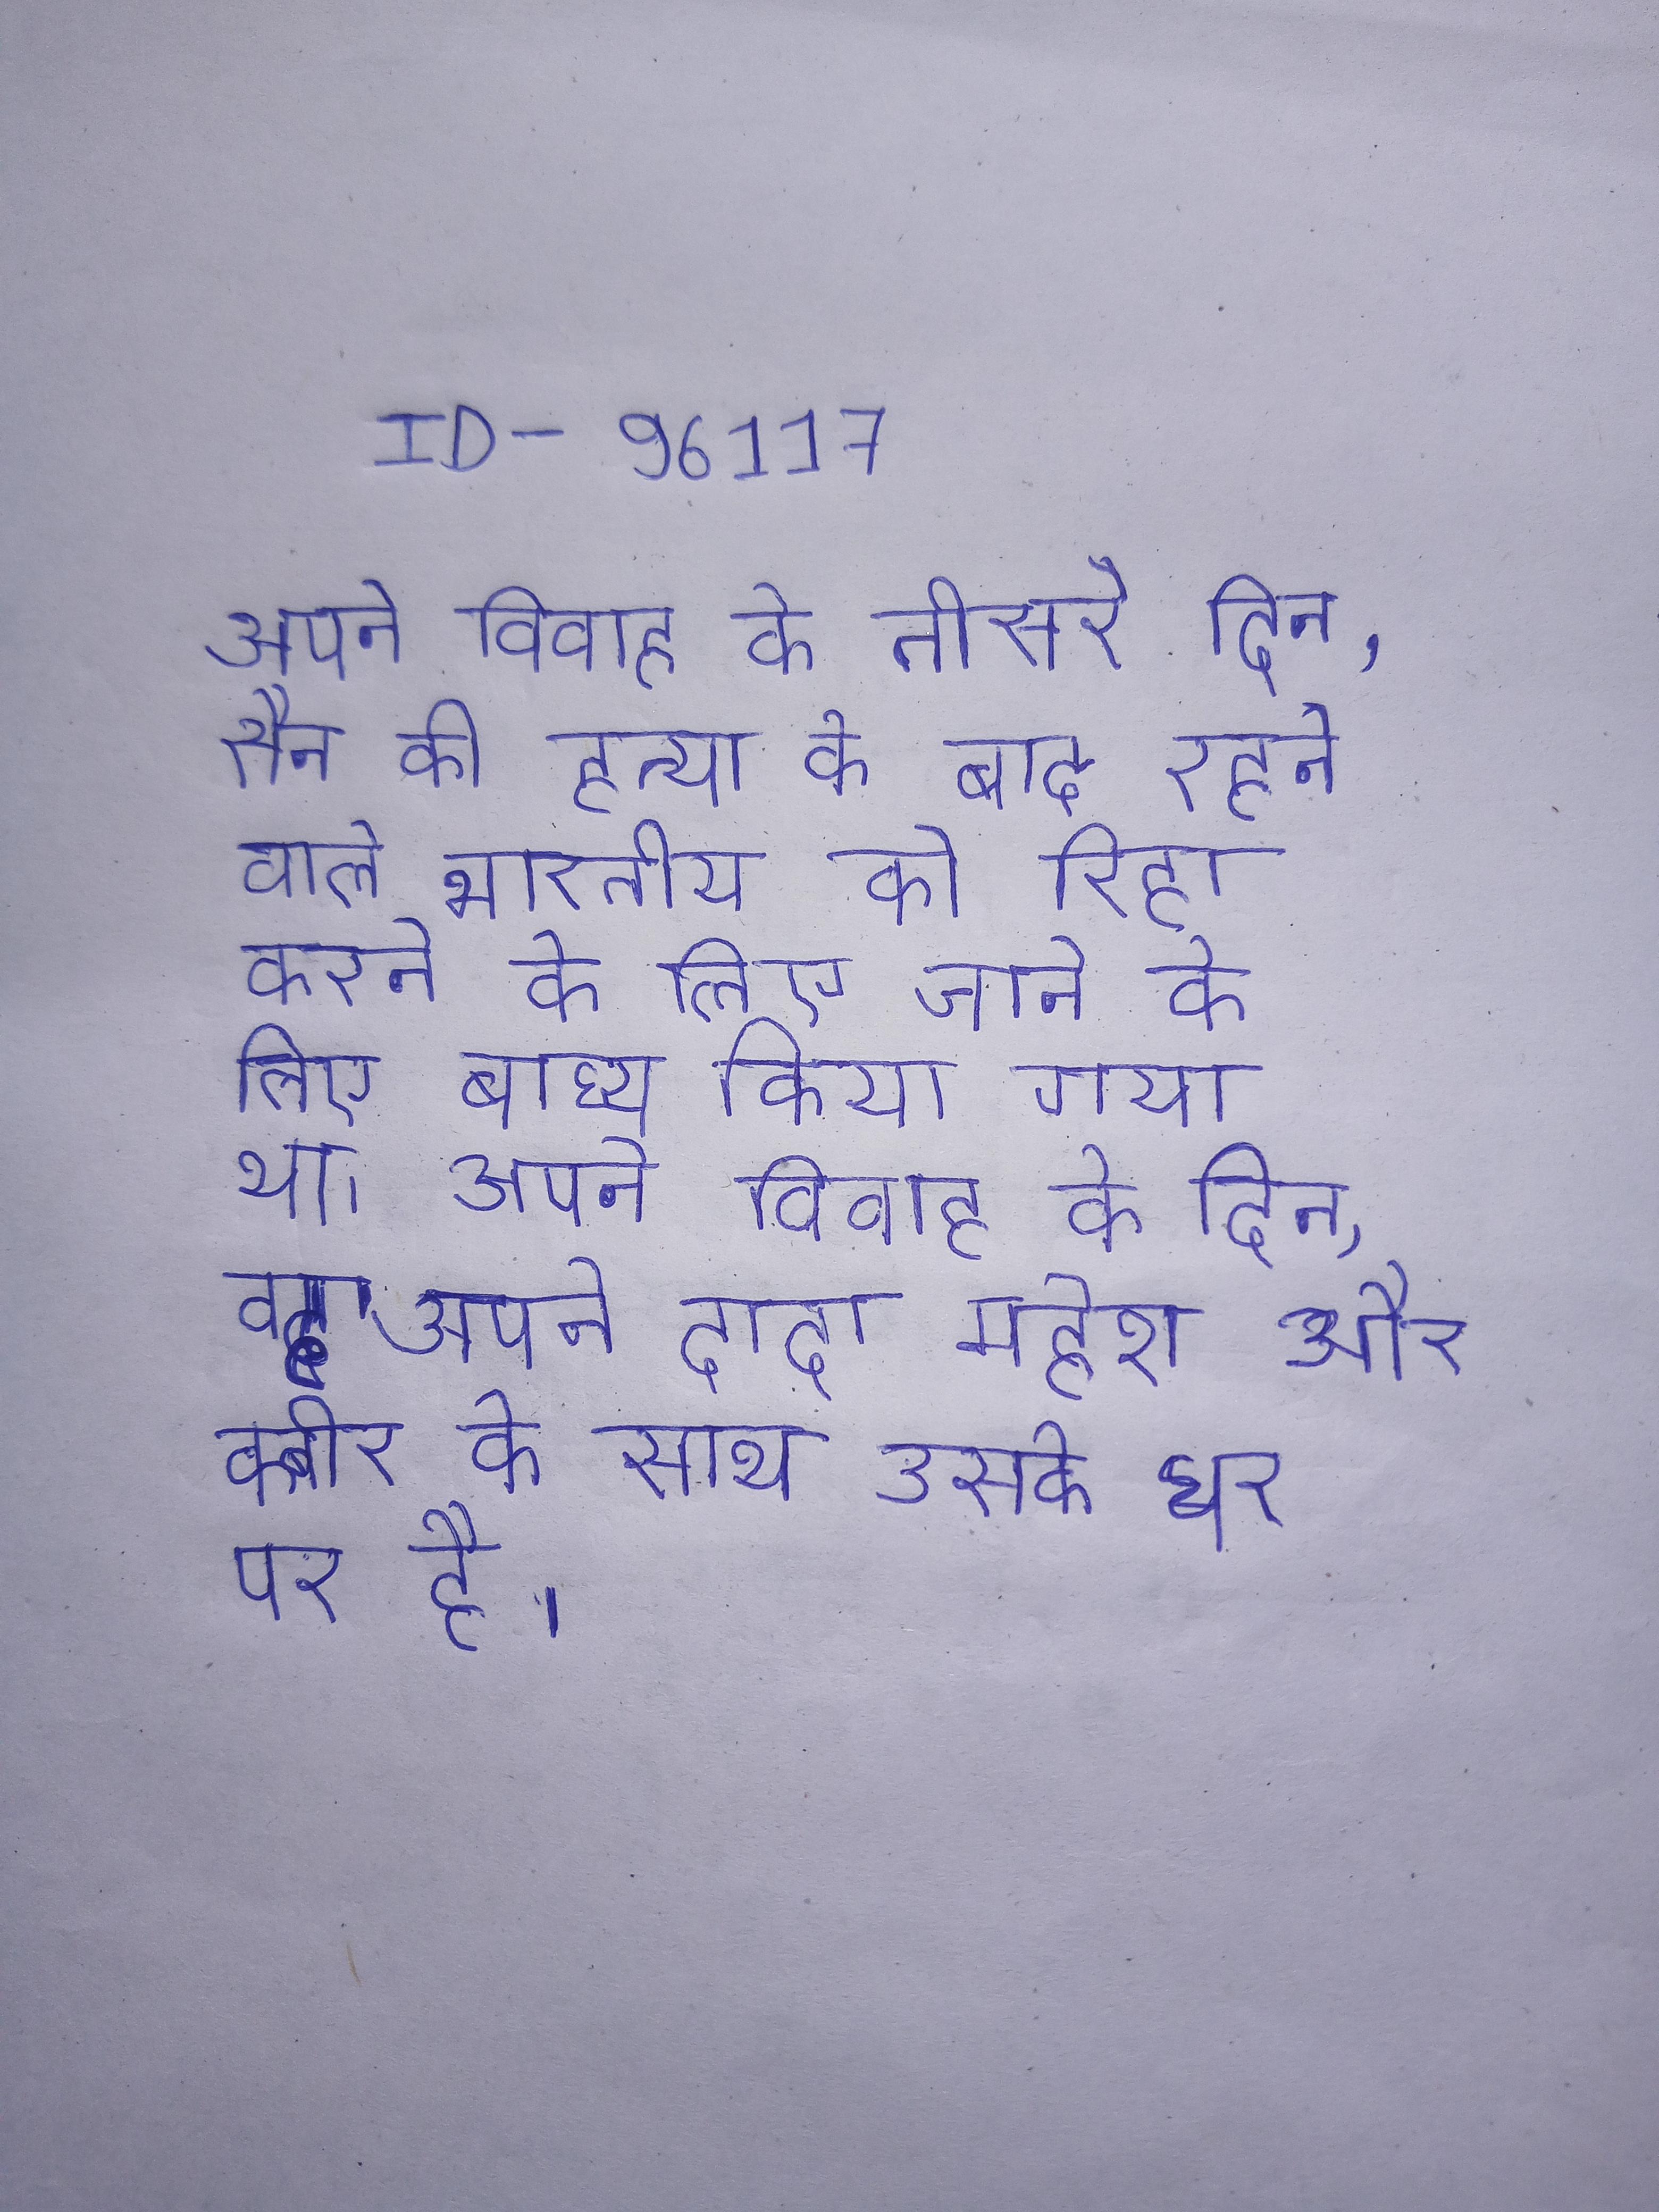
अपने विवाह के तीसरे दिन, सैन की हत्या के बाद रहने वाले भारतीय को रिहा करने के लिए जाने के लिए बाध्य किया गया था । अपने विवाह के दिन, वह अपने दादा, महेश और कबीर के साथ उसके घर पर है ।